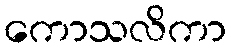
ကောသလိကာ